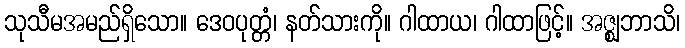
သုသီမအမည်ရှိသော။ ဒေဝပုတ္တံ၊ နတ်သားကို။ ဂါထာယ၊ ဂါထာဖြင့်။ အဇ္ဈဘာသိ၊